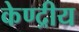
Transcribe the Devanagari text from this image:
केण्द्रीय